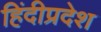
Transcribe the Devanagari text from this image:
हिंदीप्रदेश